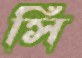
সি